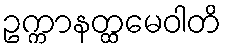
ဥက္ကာနတ္ထမေဝါတိ